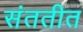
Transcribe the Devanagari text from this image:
संततीत